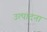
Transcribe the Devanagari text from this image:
उत्पादना